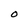
Character: O